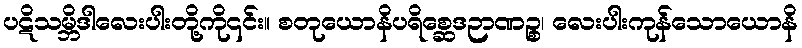
ပဋိသမ္ဘိဒါလေးပါးတို့ကို၎င်း။ စတုယောနိပရိစ္ဆေဒဉာဏဉ္စ၊ လေးပါးကုန်သောယောနိ